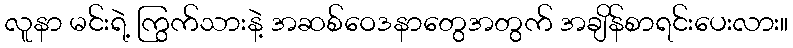
လူနာ မင်းရဲ့ ကြွက်သားနဲ့ အဆစ်ဝေဒနာတွေအတွက် အချိန်စာရင်းပေးလား။